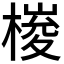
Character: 𣖱